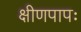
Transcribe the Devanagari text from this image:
क्षीणपापः